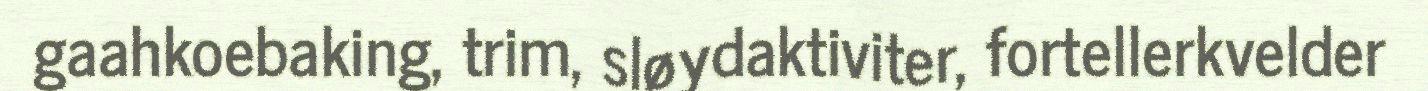
gaahkoebaking, trim, sløydaktiviter, fortellerkvelder